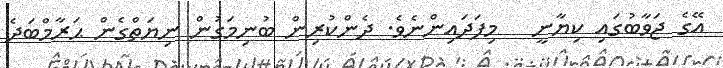
އޭގެ ޖަވާބުގައި ކިޔާނީ   މިފަދައިންނެވެ. ދެންކުރިން ބުނިމަގުން ނިޔަތްގެން ޙަރާމްބަދެ